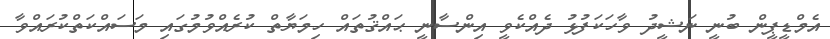
އެމްޑީޕީން ބުނީ ނަޝީދު ވާހަކަފުޅު ދެއްކެވީ އިންސާނީ ޙައްޤުތައް ހިމަޔާތް ކުރެއްވުމުގައި މަސައްކަތްކުރައްވާ